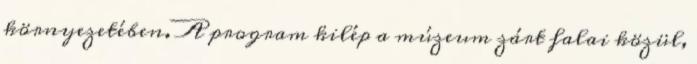
környezetében. A program kilép a múzeum zárt falai közül,